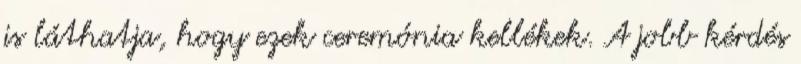
is láthatja, hogy ezek ceremónia kellékek. A jobb kérdés